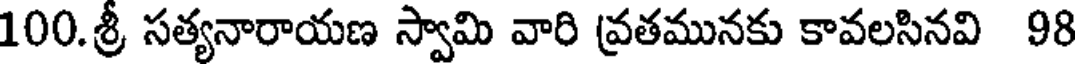
100.శ్రీ సత్యనారాయణ స్వామి వారి వ్రతమునకు కావలసినవి 98